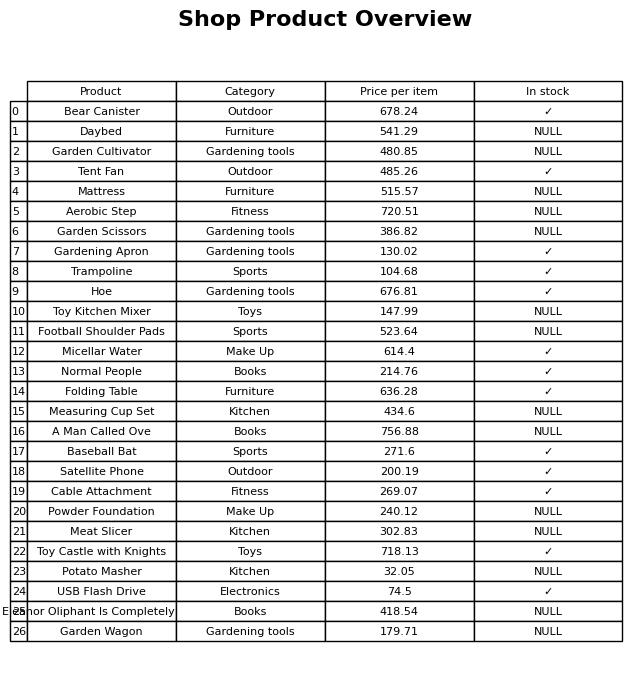
question: Is the Trampoline in stock?
answer: ✓